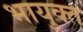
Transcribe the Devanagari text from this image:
भायुक्त